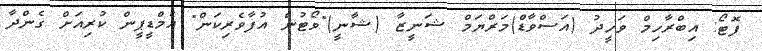
ފޮޓޯ: އިބްރާހިމް ވަހީދު (އަސްވާޑް)މަރްޔަމް ޝަނީޒާ (ޝާނީ)"ވޯޓުން އުފާވެރިކަން" އެމްޑީޕީން ކުރިއަށް ގެންދާ